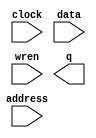
// This program was cloned from: https://github.com/ISKU/FAST9-Accelerator
// License: MIT License

// megafunction wizard: %RAM: 1-PORT%VBB%
// GENERATION: STANDARD
// VERSION: WM1.0
// MODULE: altsyncram 

// ============================================================
// Megafunction Name(s):
// 			altsyncram
//
// Simulation Library Files(s):
// 			altera_mf
// ============================================================
// ************************************************************
// THIS IS A WIZARD-GENERATED FILE. DO NOT EDIT THIS FILE!
//
// 13.1.0 Build 162 10/23/2013 SJ Web Edition
// ************************************************************

//Copyright (C) 1991-2013 Altera Corporation
//Your use of Altera Corporation's design tools, logic functions 
//and other software and tools, and its AMPP partner logic 
//functions, and any output files from any of the foregoing 
//(including device programming or simulation files), and any 
//associated documentation or information are expressly subject 
//to the terms and conditions of the Altera Program License 
//Subscription Agreement, Altera MegaCore Function License 
//Agreement, or other applicable license agreement, including, 
//without limitation, that your use is for the sole purpose of 
//programming logic devices manufactured by Altera and sold by 
//Altera or its authorized distributors.  Please refer to the 
//applicable agreement for further details.

module Buffer (
	address,
	clock,
	data,
	wren,
	q);

	input	[14:0]  address;
	input	  clock;
	input	[7:0]  data;
	input	  wren;
	output	[7:0]  q;
`ifndef ALTERA_RESERVED_QIS
// synopsys translate_off
`endif
	tri1	  clock;
`ifndef ALTERA_RESERVED_QIS
// synopsys translate_on
`endif

endmodule

// ============================================================
// CNX file retrieval info
// ============================================================
// Retrieval info: PRIVATE: ADDRESSSTALL_A NUMERIC "0"
// Retrieval info: PRIVATE: AclrAddr NUMERIC "0"
// Retrieval info: PRIVATE: AclrByte NUMERIC "0"
// Retrieval info: PRIVATE: AclrData NUMERIC "0"
// Retrieval info: PRIVATE: AclrOutput NUMERIC "0"
// Retrieval info: PRIVATE: BYTE_ENABLE NUMERIC "0"
// Retrieval info: PRIVATE: BYTE_SIZE NUMERIC "8"
// Retrieval info: PRIVATE: BlankMemory NUMERIC "0"
// Retrieval info: PRIVATE: CLOCK_ENABLE_INPUT_A NUMERIC "0"
// Retrieval info: PRIVATE: CLOCK_ENABLE_OUTPUT_A NUMERIC "0"
// Retrieval info: PRIVATE: Clken NUMERIC "0"
// Retrieval info: PRIVATE: DataBusSeparated NUMERIC "1"
// Retrieval info: PRIVATE: IMPLEMENT_IN_LES NUMERIC "0"
// Retrieval info: PRIVATE: INIT_FILE_LAYOUT STRING "PORT_A"
// Retrieval info: PRIVATE: INIT_TO_SIM_X NUMERIC "0"
// Retrieval info: PRIVATE: INTENDED_DEVICE_FAMILY STRING "Cyclone IV E"
// Retrieval info: PRIVATE: JTAG_ENABLED NUMERIC "0"
// Retrieval info: PRIVATE: JTAG_ID STRING "NONE"
// Retrieval info: PRIVATE: MAXIMUM_DEPTH NUMERIC "0"
// Retrieval info: PRIVATE: MIFfilename STRING "untitled.mif"
// Retrieval info: PRIVATE: NUMWORDS_A NUMERIC "21600"
// Retrieval info: PRIVATE: RAM_BLOCK_TYPE NUMERIC "0"
// Retrieval info: PRIVATE: READ_DURING_WRITE_MODE_PORT_A NUMERIC "3"
// Retrieval info: PRIVATE: RegAddr NUMERIC "1"
// Retrieval info: PRIVATE: RegData NUMERIC "1"
// Retrieval info: PRIVATE: RegOutput NUMERIC "1"
// Retrieval info: PRIVATE: SYNTH_WRAPPER_GEN_POSTFIX STRING "0"
// Retrieval info: PRIVATE: SingleClock NUMERIC "1"
// Retrieval info: PRIVATE: UseDQRAM NUMERIC "1"
// Retrieval info: PRIVATE: WRCONTROL_ACLR_A NUMERIC "0"
// Retrieval info: PRIVATE: WidthAddr NUMERIC "15"
// Retrieval info: PRIVATE: WidthData NUMERIC "8"
// Retrieval info: PRIVATE: rden NUMERIC "0"
// Retrieval info: LIBRARY: altera_mf altera_mf.altera_mf_components.all
// Retrieval info: CONSTANT: CLOCK_ENABLE_INPUT_A STRING "BYPASS"
// Retrieval info: CONSTANT: CLOCK_ENABLE_OUTPUT_A STRING "BYPASS"
// Retrieval info: CONSTANT: INIT_FILE STRING "untitled.mif"
// Retrieval info: CONSTANT: INTENDED_DEVICE_FAMILY STRING "Cyclone IV E"
// Retrieval info: CONSTANT: LPM_HINT STRING "ENABLE_RUNTIME_MOD=NO"
// Retrieval info: CONSTANT: LPM_TYPE STRING "altsyncram"
// Retrieval info: CONSTANT: NUMWORDS_A NUMERIC "21600"
// Retrieval info: CONSTANT: OPERATION_MODE STRING "SINGLE_PORT"
// Retrieval info: CONSTANT: OUTDATA_ACLR_A STRING "NONE"
// Retrieval info: CONSTANT: OUTDATA_REG_A STRING "CLOCK0"
// Retrieval info: CONSTANT: POWER_UP_UNINITIALIZED STRING "FALSE"
// Retrieval info: CONSTANT: READ_DURING_WRITE_MODE_PORT_A STRING "NEW_DATA_NO_NBE_READ"
// Retrieval info: CONSTANT: WIDTHAD_A NUMERIC "15"
// Retrieval info: CONSTANT: WIDTH_A NUMERIC "8"
// Retrieval info: CONSTANT: WIDTH_BYTEENA_A NUMERIC "1"
// Retrieval info: USED_PORT: address 0 0 15 0 INPUT NODEFVAL "address[14..0]"
// Retrieval info: USED_PORT: clock 0 0 0 0 INPUT VCC "clock"
// Retrieval info: USED_PORT: data 0 0 8 0 INPUT NODEFVAL "data[7..0]"
// Retrieval info: USED_PORT: q 0 0 8 0 OUTPUT NODEFVAL "q[7..0]"
// Retrieval info: USED_PORT: wren 0 0 0 0 INPUT NODEFVAL "wren"
// Retrieval info: CONNECT: @address_a 0 0 15 0 address 0 0 15 0
// Retrieval info: CONNECT: @clock0 0 0 0 0 clock 0 0 0 0
// Retrieval info: CONNECT: @data_a 0 0 8 0 data 0 0 8 0
// Retrieval info: CONNECT: @wren_a 0 0 0 0 wren 0 0 0 0
// Retrieval info: CONNECT: q 0 0 8 0 @q_a 0 0 8 0
// Retrieval info: GEN_FILE: TYPE_NORMAL Buffer.v TRUE
// Retrieval info: GEN_FILE: TYPE_NORMAL Buffer.inc FALSE
// Retrieval info: GEN_FILE: TYPE_NORMAL Buffer.cmp FALSE
// Retrieval info: GEN_FILE: TYPE_NORMAL Buffer.bsf FALSE
// Retrieval info: GEN_FILE: TYPE_NORMAL Buffer_inst.v FALSE
// Retrieval info: GEN_FILE: TYPE_NORMAL Buffer_bb.v TRUE
// Retrieval info: LIB_FILE: altera_mf